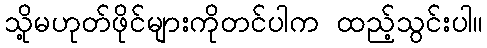
သို့မဟုတ်ဖိုင်များကိုတင်ပါက ထည့်သွင်းပါ။